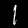
Digit: 1